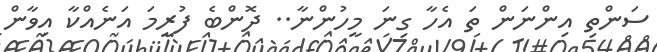
ސަންތި އިންނަން ތަ އެހާ ގިނަ މީހުންނާ.. ދޮންބެ ފުރީމަ އަނެއްކާ އިވާން